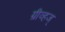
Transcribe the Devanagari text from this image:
ग्रीव्हज्